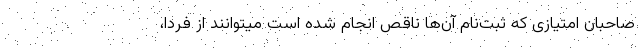
صاحبان امتیازی که ثبت‌نام آن‌ها ناقص انجام شده است میتوانند از فردا،